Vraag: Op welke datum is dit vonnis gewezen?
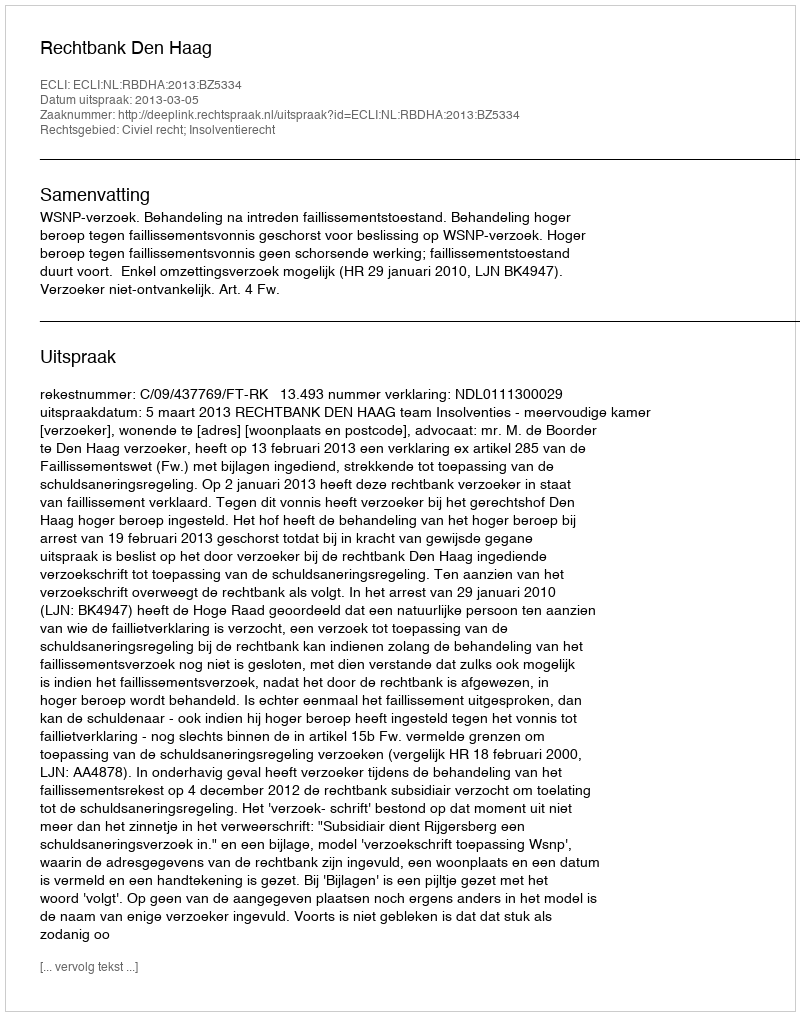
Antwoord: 2013-03-05